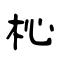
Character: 杺